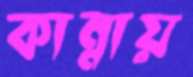
কান্নায়